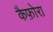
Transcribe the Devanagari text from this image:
कैफ़ोरा